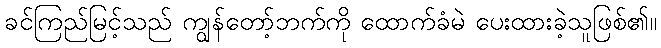
ခင်ကြည်မြင့်သည် ကျွန်တော့်ဘက်ကို ထောက်ခံမဲ ပေးထားခဲ့သူဖြစ်၏။